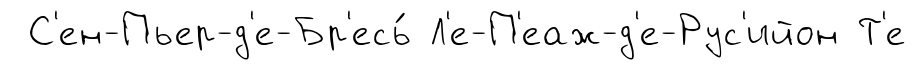
С'ен-Пьер-д'е-Бр'есь́ Л'е-П'еаж-д'е-Рус'ийон Т'е